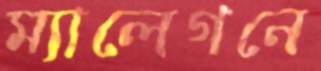
ম্যালেগনে